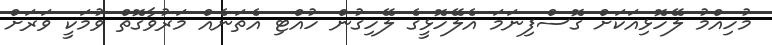
މުހިއްމު ލޭހޮޅިއަކަށް ގޮސްފިނަމަ އެލޭހޮޅީގެ ލޭހިގުން ހުއްޓި އެތަނެއް މަރުވާގޮތް ވުމަކީ ވަރަށް